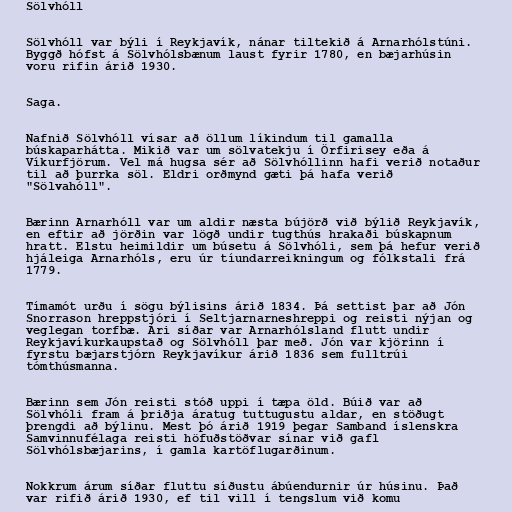
Sölvhóll

Sölvhóll var býli í Reykjavík, nánar tiltekið á Arnarhólstúni.
Byggð hófst á Sölvhólsbænum laust fyrir 1780, en bæjarhúsin
voru rifin árið 1930.

Saga.

Nafnið Sölvhóll vísar að öllum líkindum til gamalla
búskaparhátta. Mikið var um sölvatekju í Örfirisey eða á
Víkurfjörum. Vel má hugsa sér að Sölvhóllinn hafi verið notaður
til að þurrka söl. Eldri orðmynd gæti þá hafa verið
"Sölvahóll".

Bærinn Arnarhóll var um aldir næsta bújörð við býlið Reykjavík,
en eftir að jörðin var lögð undir tugthús hrakaði búskapnum
hratt. Elstu heimildir um búsetu á Sölvhóli, sem þá hefur verið
hjáleiga Arnarhóls, eru úr tíundarreikningum og fólkstali frá
1779.

Tímamót urðu í sögu býlisins árið 1834. Þá settist þar að Jón
Snorrason hreppstjóri í Seltjarnarneshreppi og reisti nýjan og
veglegan torfbæ. Ári síðar var Arnarhólsland flutt undir
Reykjavíkurkaupstað og Sölvhóll þar með. Jón var kjörinn í
fyrstu bæjarstjórn Reykjavíkur árið 1836 sem fulltrúi
tómthúsmanna.

Bærinn sem Jón reisti stóð uppi í tæpa öld. Búið var að
Sölvhóli fram á þriðja áratug tuttugustu aldar, en stöðugt
þrengdi að býlinu. Mest þó árið 1919 þegar Samband íslenskra
Samvinnufélaga reisti höfuðstöðvar sínar við gafl
Sölvhólsbæjarins, í gamla kartöflugarðinum.

Nokkrum árum síðar fluttu síðustu ábúendurnir úr húsinu. Það
var rifið árið 1930, ef til vill í tengslum við komu